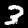
Digit: 3